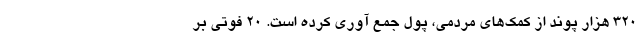
۳۲۰ هزار پوند از کمک‌های مردمی، پول جمع آوری کرده است. ۲۰ فوتی بر